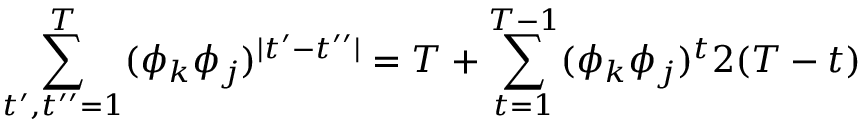
\sum _ { t ^ { \prime } , t ^ { \prime \prime } = 1 } ^ { T } ( \phi _ { k } \phi _ { j } ) ^ { \mid t ^ { \prime } - t ^ { \prime \prime } \mid } = T + \sum _ { t = 1 } ^ { T - 1 } ( \phi _ { k } \phi _ { j } ) ^ { t } 2 ( T - t )